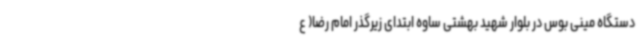
دستگاه مینی بوس در بلوار شهید بهشتی ساوه ابتدای زیرگذر امام رضا( ع